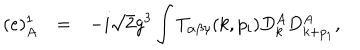
\begin{array} { r c l } { { ( e ) _ { A } ^ { 1 } } } & { { = } } & { { \displaystyle - i \sqrt { 2 } g ^ { 3 } \int T _ { \alpha \beta \gamma } ( k , p _ { i } ) D _ { k } ^ { A } D _ { k + p _ { 1 } } ^ { A } , } } \\ \end{array}